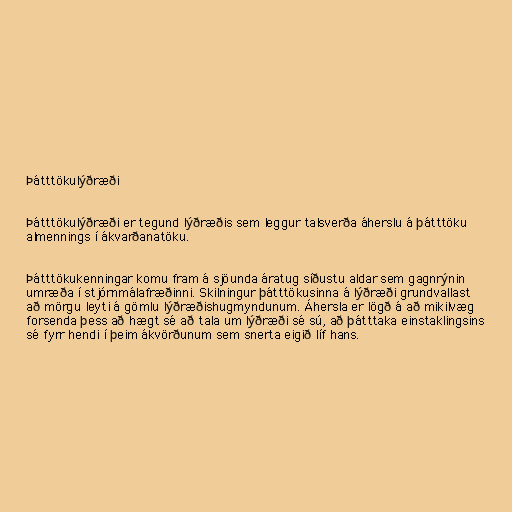
Þátttökulýðræði

Þátttökulýðræði er tegund lýðræðis sem leggur talsverða áherslu á þátttöku
almennings í ákvarðanatöku.

Þátttökukenningar komu fram á sjöunda áratug síðustu aldar sem gagnrýnin
umræða í stjórnmálafræðinni. Skilningur þátttökusinna á lýðræði grundvallast
að mörgu leyti á gömlu lýðræðishugmyndunum. Áhersla er lögð á að mikilvæg
forsenda þess að hægt sé að tala um lýðræði sé sú, að þátttaka einstaklingsins
sé fyrr hendi í þeim ákvörðunum sem snerta eigið líf hans.